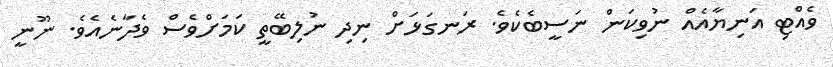
ވެއްޓި އަނިޔާއެއް ނުވިކަން ނަސީބެކެވެ. ރަނގަޅަށް ނިދި ނުލިބޭތީ ކަމަށްވެސް ވެދާނެއެވެ. ނޫނީ